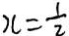
x = \frac { 1 } { 2 }